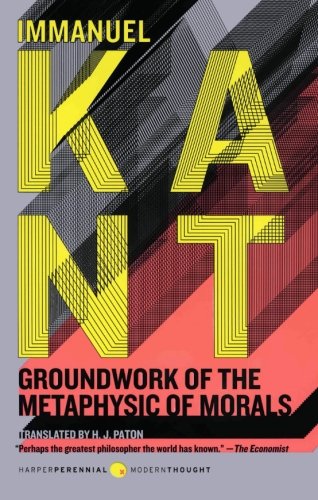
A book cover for Groundwork of the Metaphysic of Morals; Immanuel Kant; Politics & Social Sciences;